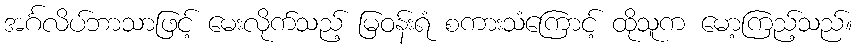
အင်္ဂလိပ်ဘာသာဖြင့် မေးလိုက်သည့် မြဝန်းရံ စကားသံကြောင့် ထိုသူက မော့ကြည့်သည်။